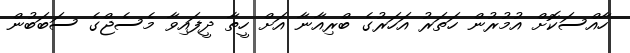
ހާއްސަކޮށް އުމުރުން ހަތަރު އަހަރުގެ ބްރިއާނާ އަށް ހީތާ ދީފައިވާ މެސެޖްގެ ސަބަބުން